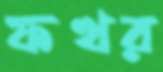
ফখর